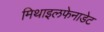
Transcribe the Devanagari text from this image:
मिथाइलफेनाडेट